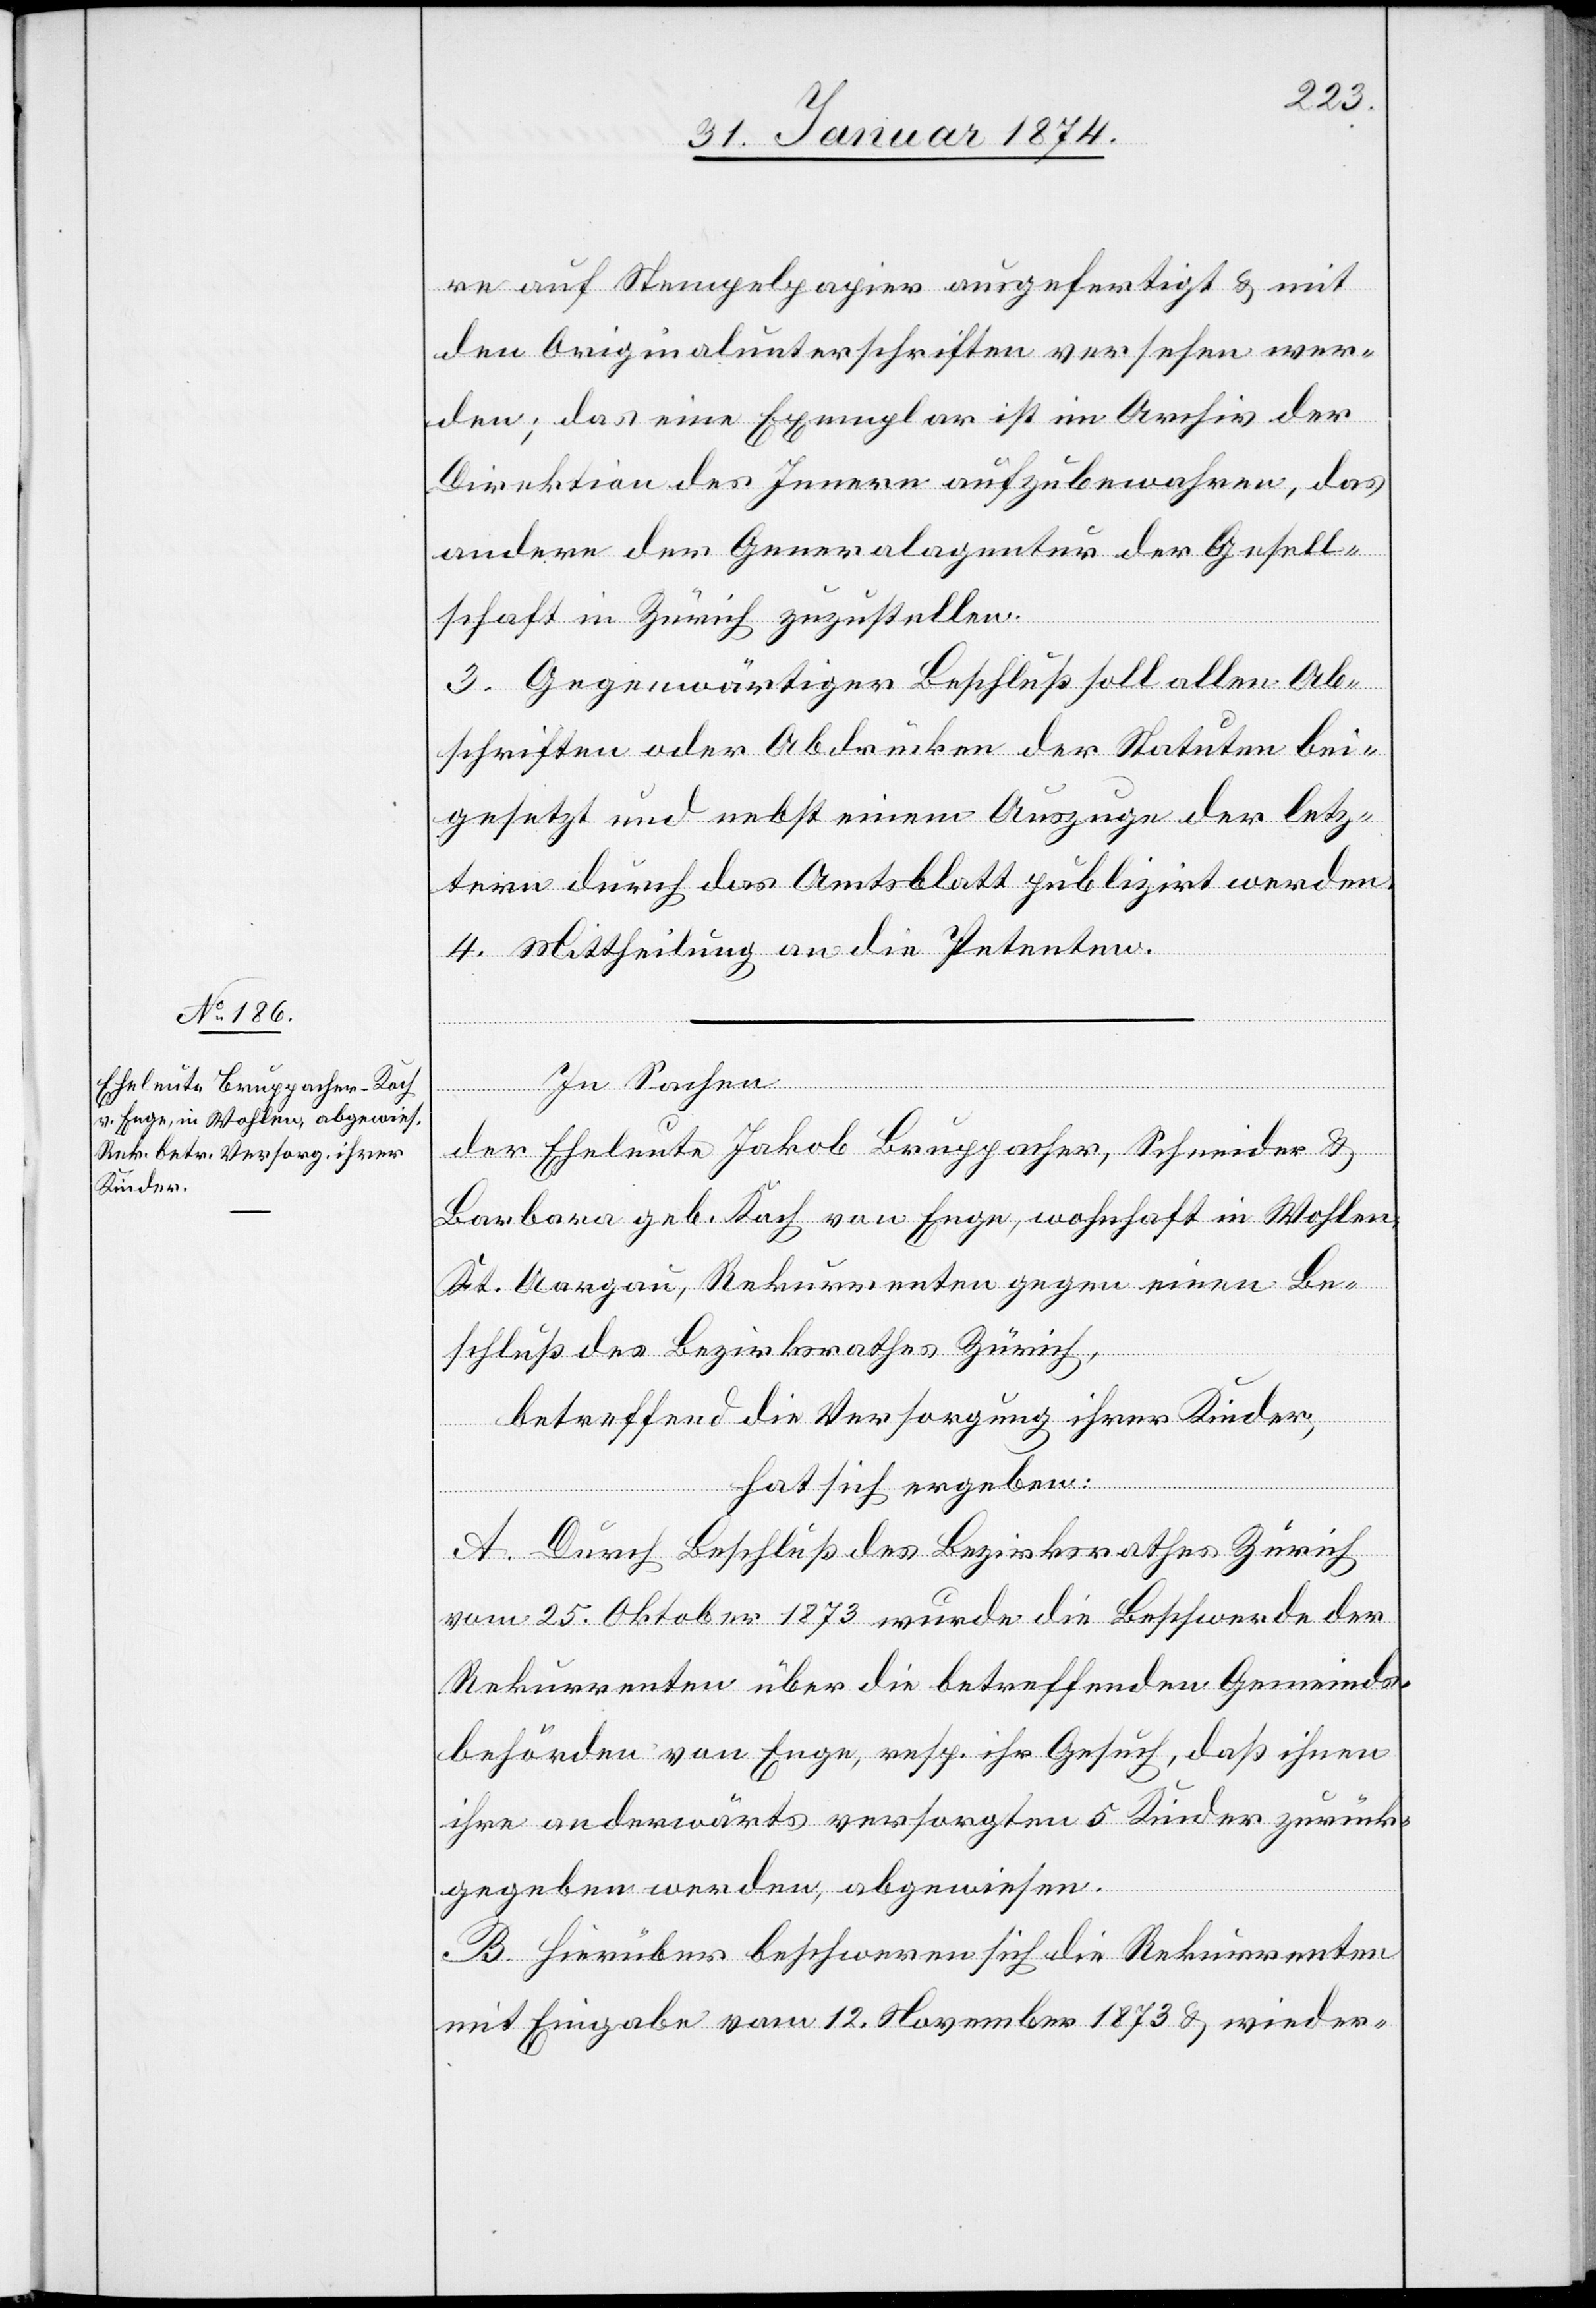
re auf Stempelpapier ausgefertigt & mit
den Originalunterschriften versehen wer¬
den; das eine Exemplar ist im Archiv der
Direktion des Innern aufzubewahren, das
andere der Generalagentur der Gesell¬
schaft in Zürich zuzustellen.
3. Gegenwärtiger Beschluß soll allen Ab¬
schriften oder Abdrücken der Statuten bei¬
gesetzt und nebst einem Auszuge der letz¬
tern durch das Amtsblatt publizirt werden.
4. Mittheilung an die Petenten.
In Sachen
der Eheleute Jakob Bruppacher, Schneider &
Barbara geb. Koch von Enge, wohnhaft in Wohlen,
Kt. Aargau, Rekurrenten gegen einen Be¬
schluß des Bezirksrathes Zürich,
betreffend die Versorgung ihrer Kinder,
hat sich ergeben:
A. Durch Beschluß des Bezirksrathes Zürich
vom 25. Oktober 1873 wurde die Beschwerde der
Rekurrenten über die betreffenden Gemeinds¬
behörden von Enge, resp. ihr Gesuch, daß ihnen
ihre anderwärts versorgten 5 Kinder zurück¬
gegeben werden, abgewiesen.
B. Hierüber beschweren sich die Rekurrenten
mit Eingabe vom 12. November 1873 & wieder-